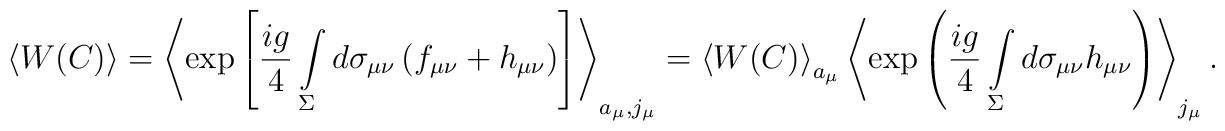
\left<W(C)\right>=\left<\exp\left[\frac{ig}{4}\int\limits_{\Sigma}^{}d\sigma_{\mu\nu}\left(f_{\mu\nu}+h_{\mu\nu}\right)\right]\right>_{a_\mu, j_\mu}=\left<W(C)\right>_{a_\mu}\left<\exp\left(\frac{ig}{4}\int\limits_{\Sigma}^{} d\sigma_{\mu\nu}h_{\mu\nu}\right)\right>_{j_\mu}.